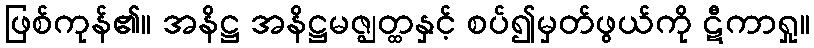
ဖြစ်ကုန်၏။ အနိဋ္ဌ အနိဋ္ဌမဇ္ဈတ္ထနှင့် စပ်၍မှတ်ဖွယ်ကို ဋီကာရှု။